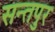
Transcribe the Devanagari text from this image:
सन्तपुर